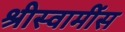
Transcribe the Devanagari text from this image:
श्रीस्वामींस